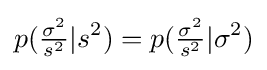
p({\tfrac {\sigma ^{2}}{s^{2}}}|s^{2})=p({\tfrac {\sigma ^{2}}{s^{2}}}|\sigma ^{2})